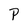
Character: P